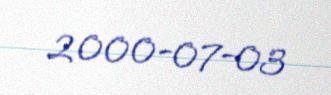
2000-07-03